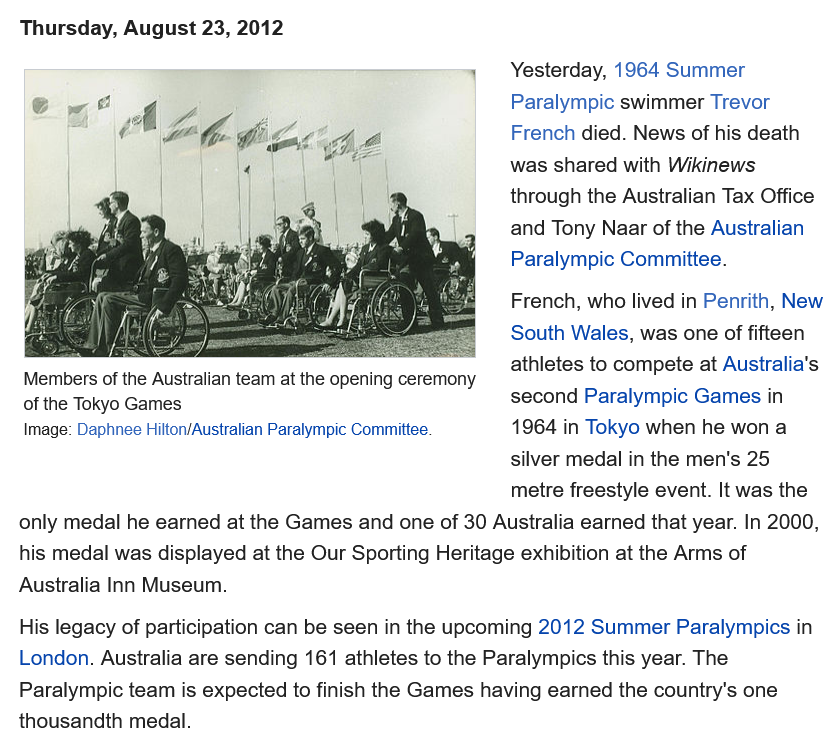
Thursday, August 23, 2012
     Yesterday, 1964 Summer
     Paralympic swimmer Trevor
     French died. News of his death
     was shared with Wikinews
     through the Australian Tax Office
     and Tony Naar of the Australian
     Paralympic Committee.
     French, who lived in Penrith, New
     South Wales, was one of fifteen
     athletes to compete at Australia’s
     second Paralympic Games in
     1964 in Tokyo when he won a
     silver medal in the men's 25
     metre freestyle event. It was the
  only medal he earned at the Games and one of 30 Australia earned that year. In 2000,
  his medal was displayed at the Our Sporting Heritage exhibition at the Arms of
  Australia Inn Museum.
  His legacy of participation can be seen in the upcoming 2012 Summer Paralympics in
  London. Australia are sending 161 athletes to the Paralympics this year. The
  Paralympic team is expected to finish the Games having earned the country's one
  thousandth medal.
   Members of the Australian team at the opening ceremony
   of the Tokyo Games
   Image: Daphnee Hilton/Australian Paralympic Committee.